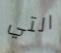
التي